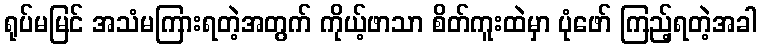
ရုပ်မမြင် အသံမကြားရတဲ့အတွက် ကိုယ့်ဖာသာ စိတ်ကူးထဲမှာ ပုံဖော် ကြည့်ရတဲ့အခါ